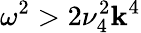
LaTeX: \omega^{2}>2\nu_{4}^{2}\mathbf{k}^{4}